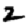
Digit: 2